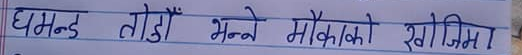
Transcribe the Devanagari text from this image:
घमन्ड तोडौँ भन्ने मौकाको खोजिमा!